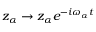
z _ { \alpha } \rightarrow z _ { \alpha } e ^ { - i \omega _ { \alpha } t }